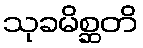
သုခမိစ္ဆတိ